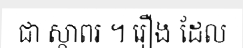
ជា ស្ថាពរ ។ រឿង ដែល